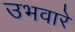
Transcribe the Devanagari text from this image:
उभवारे